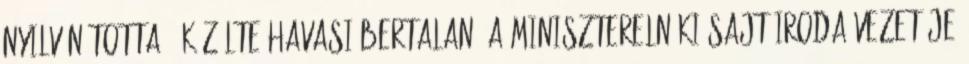
nyilvánította - közölte Havasi Bertalan, a Miniszterelnöki Sajtóiroda vezetője